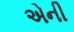
એની